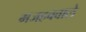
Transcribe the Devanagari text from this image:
मजहबवाले